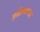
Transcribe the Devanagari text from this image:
प्रक्रियापाद